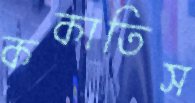
ককাতিস